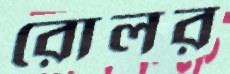
রোলর